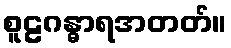
စူဠဂန္ဓာရအတတ်။